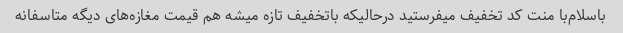
باسلام‌با منت کد تخفیف میفرستید درحالیکه باتخفیف تازه میشه هم قیمت مغازه‌های دیگه متاسفانه